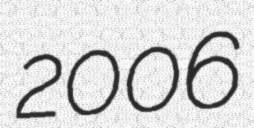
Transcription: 2006